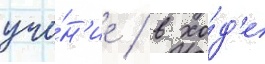
уче́н'ие / в хо́д'е